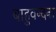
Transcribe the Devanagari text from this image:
बाहुवन्दना